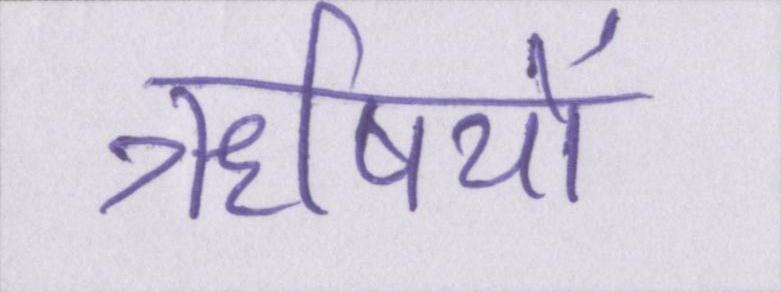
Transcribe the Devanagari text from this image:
ॠषियों